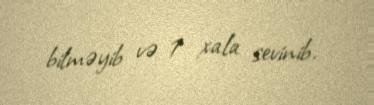
bilməyib və 1 xala sevinib.